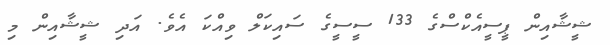
ޝީޝާއިން ޕީސީއެކްސްގެ 133 ސީސީގެ ސައިކަލް ވިއްކަ އެވެ. އަދި ޝީޝާއިން މި